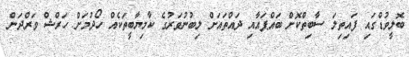
ބޮލީވުޑްގައި ފައިތިލަ ސާބިތްކޮށް ބައްޕައާއި ދައްތައަށް ލިބުނުވަރުގެ ކާމިޔާބީތަކެއް ހޯދުމަށް ހަރްޝް ވަރްދަން